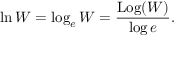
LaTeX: \ln W = \log _ { e } W = { \frac { \operatorname { L o g } ( W ) } { \log e } } .